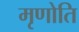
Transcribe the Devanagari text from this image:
मृणोति